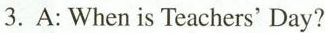
3.A:When is Teachers' Day?